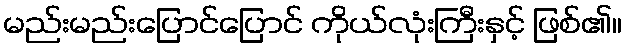
မည်းမည်းပြောင်ပြောင် ကိုယ်လုံးကြီးနှင့် ဖြစ်၏။